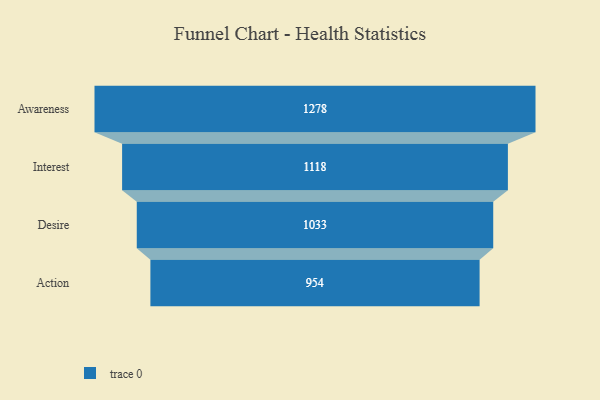
{"axis": {"x": "Stage", "y": "Value"}, "legend": [""], "data": [{"x": "Awareness", "y": 1278.0, "type": ""}, {"x": "Interest", "y": 1118.0, "type": ""}, {"x": "Desire", "y": 1033.0, "type": ""}, {"x": "Action", "y": 954.0, "type": ""}]}